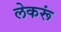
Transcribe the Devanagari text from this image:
लेकरूं